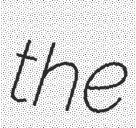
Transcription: the